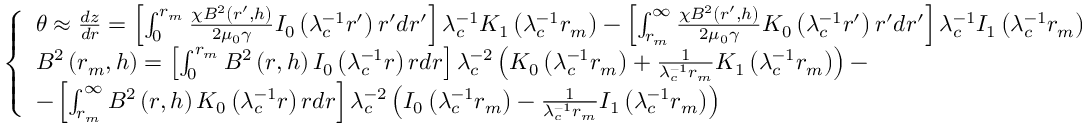
\left\{ \begin{array} { l l } { \theta \approx \frac { d z } { d r } = \left[ \int _ { 0 } ^ { r _ { m } } \frac { \chi B ^ { 2 } \left( r ^ { \prime } , h \right) } { 2 \mu _ { 0 } \gamma } I _ { 0 } \left( \lambda _ { c } ^ { - 1 } r ^ { \prime } \right) r ^ { \prime } d r ^ { \prime } \right] \lambda _ { c } ^ { - 1 } K _ { 1 } \left( \lambda _ { c } ^ { - 1 } r _ { m } \right) - \left[ \int _ { r _ { m } } ^ { \infty } \frac { \chi B ^ { 2 } \left( r ^ { \prime } , h \right) } { 2 \mu _ { 0 } \gamma } K _ { 0 } \left( \lambda _ { c } ^ { - 1 } r ^ { \prime } \right) r ^ { \prime } d r ^ { \prime } \right] \lambda _ { c } ^ { - 1 } I _ { 1 } \left( \lambda _ { c } ^ { - 1 } r _ { m } \right) } \\ { B ^ { 2 } \left( r _ { m } , h \right) = \left[ \int _ { 0 } ^ { r _ { m } } B ^ { 2 } \left( r , h \right) I _ { 0 } \left( \lambda _ { c } ^ { - 1 } r \right) r d r \right] \lambda _ { c } ^ { - 2 } \left( K _ { 0 } \left( \lambda _ { c } ^ { - 1 } r _ { m } \right) + \frac { 1 } { \lambda _ { c } ^ { - 1 } r _ { m } } K _ { 1 } \left( \lambda _ { c } ^ { - 1 } r _ { m } \right) \right) - } \\ { - \left[ \int _ { r _ { m } } ^ { \infty } B ^ { 2 } \left( r , h \right) K _ { 0 } \left( \lambda _ { c } ^ { - 1 } r \right) r d r \right] \lambda _ { c } ^ { - 2 } \left( I _ { 0 } \left( \lambda _ { c } ^ { - 1 } r _ { m } \right) - \frac { 1 } { \lambda _ { c } ^ { - 1 } r _ { m } } I _ { 1 } \left( \lambda _ { c } ^ { - 1 } r _ { m } \right) \right) } \end{array} \right.